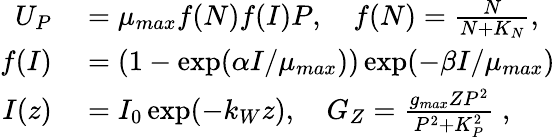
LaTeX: \begin{array}{rl}{U_{P}}&{{}=\mu_{max}f(N)f(I)P,\quad f(N)=\frac{N}{N+K_{N}},}\\ {f(I)}&{{}=(1-\exp(\alpha I/\mu_{max}))\exp(-\beta I/\mu_{max})}\\ {I(z)}&{{}=I_{0}\exp(-k_{W}z),\quad G_{Z}=\frac{g_{max}ZP^{2}}{P^{2}+K_{P}^{2}}\; ,}\end{array}